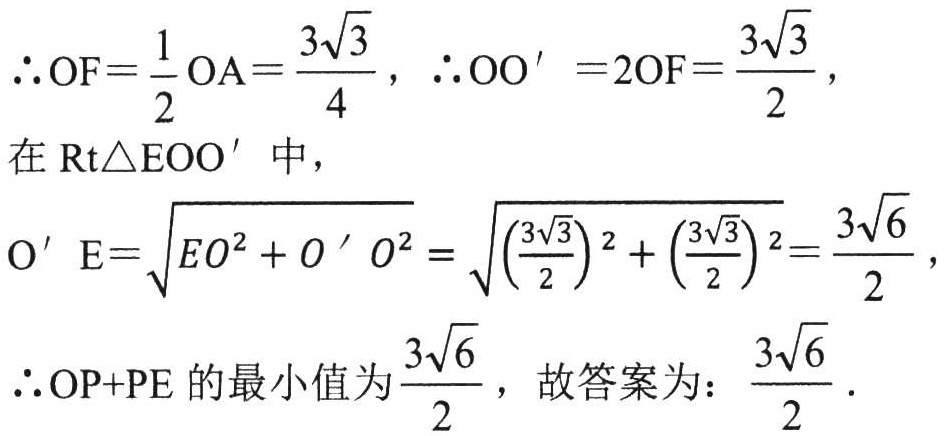
\(\therefore OF = \frac{1}{2}OA=\frac{3\sqrt{3}}{4}, \therefore OO' = 2OF=\frac{3\sqrt{3}}{2},\)

在\(\text{Rt}\triangle EOO'\)中，

\(O'E=\sqrt{EO^{2}+O'O^{2}}=\sqrt{(\frac{3\sqrt{3}}{2})^{2}+(\frac{3\sqrt{3}}{2})^{2}}=\frac{3\sqrt{6}}{2},\)

\(\therefore OP + PE\)的最小值为\(\frac{3\sqrt{6}}{2}\)，故答案为：\(\frac{3\sqrt{6}}{2}\).